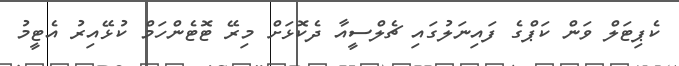
ކެޕިޓަލް ވަން ކަޕްގެ ފައިނަލުގައި ޗެލްސީއާ ދެކޮޅަށް މިރޭ ޓޮޓެންހަމް ކުޅޭއިރު އެޓީމު